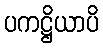
ပကဋ္ဌိယာပိ